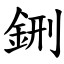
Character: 鉶